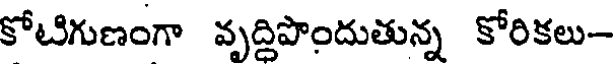
కోటిగుణంగా వృద్దిపొందుతున్న కోరికలు-